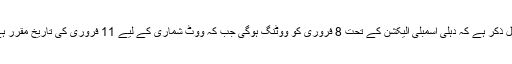
قابل ذکر ہے کہ دہلی اسمبلی الیکشن کے تحت 8 فروری کو ووٹنگ ہوگی جب کہ ووٹ شماری کے لیے 11 فروری کی تاریخ مقرر ہے۔